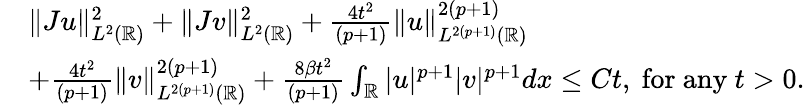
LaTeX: \begin{array}{rl}&{\| Ju\| _{L^{2}(\mathbb{R})}^{2}+\| Jv\| _{L^{2}(\mathbb{R})}^{2}+\frac{4t^{2}}{(p+1)}\| u\| _{L^{2(p+1)}(\mathbb{R})}^{2(p+1)}}\\ &{+\frac{4t^{2}}{(p+1)}\| v\| _{L^{2(p+1)}(\mathbb{R})}^{2(p+1)}+\frac{8\beta t^{2}}{(p+1)}\int_{\mathbb{R}}|u|^{p+1}|v|^{p+1}dx\leq Ct,\ \mathrm{for\ any}\ t>0.}\end{array}